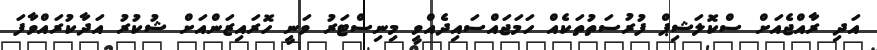
އަދި ރާއްޖެއަށް ސްކޮލަޝިޕް ފުރުސަތުތަކެއް ހަމަޖައްސައިދެއްވީ މިނިސްޓަރު ވަނީ ހޮރައިޒަންއަށް ޝުކުރު އަދާކުރައްވާފަ